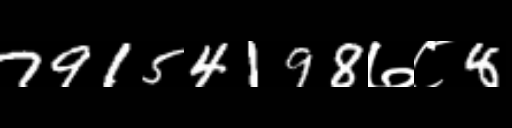
Text: 79154198७८8